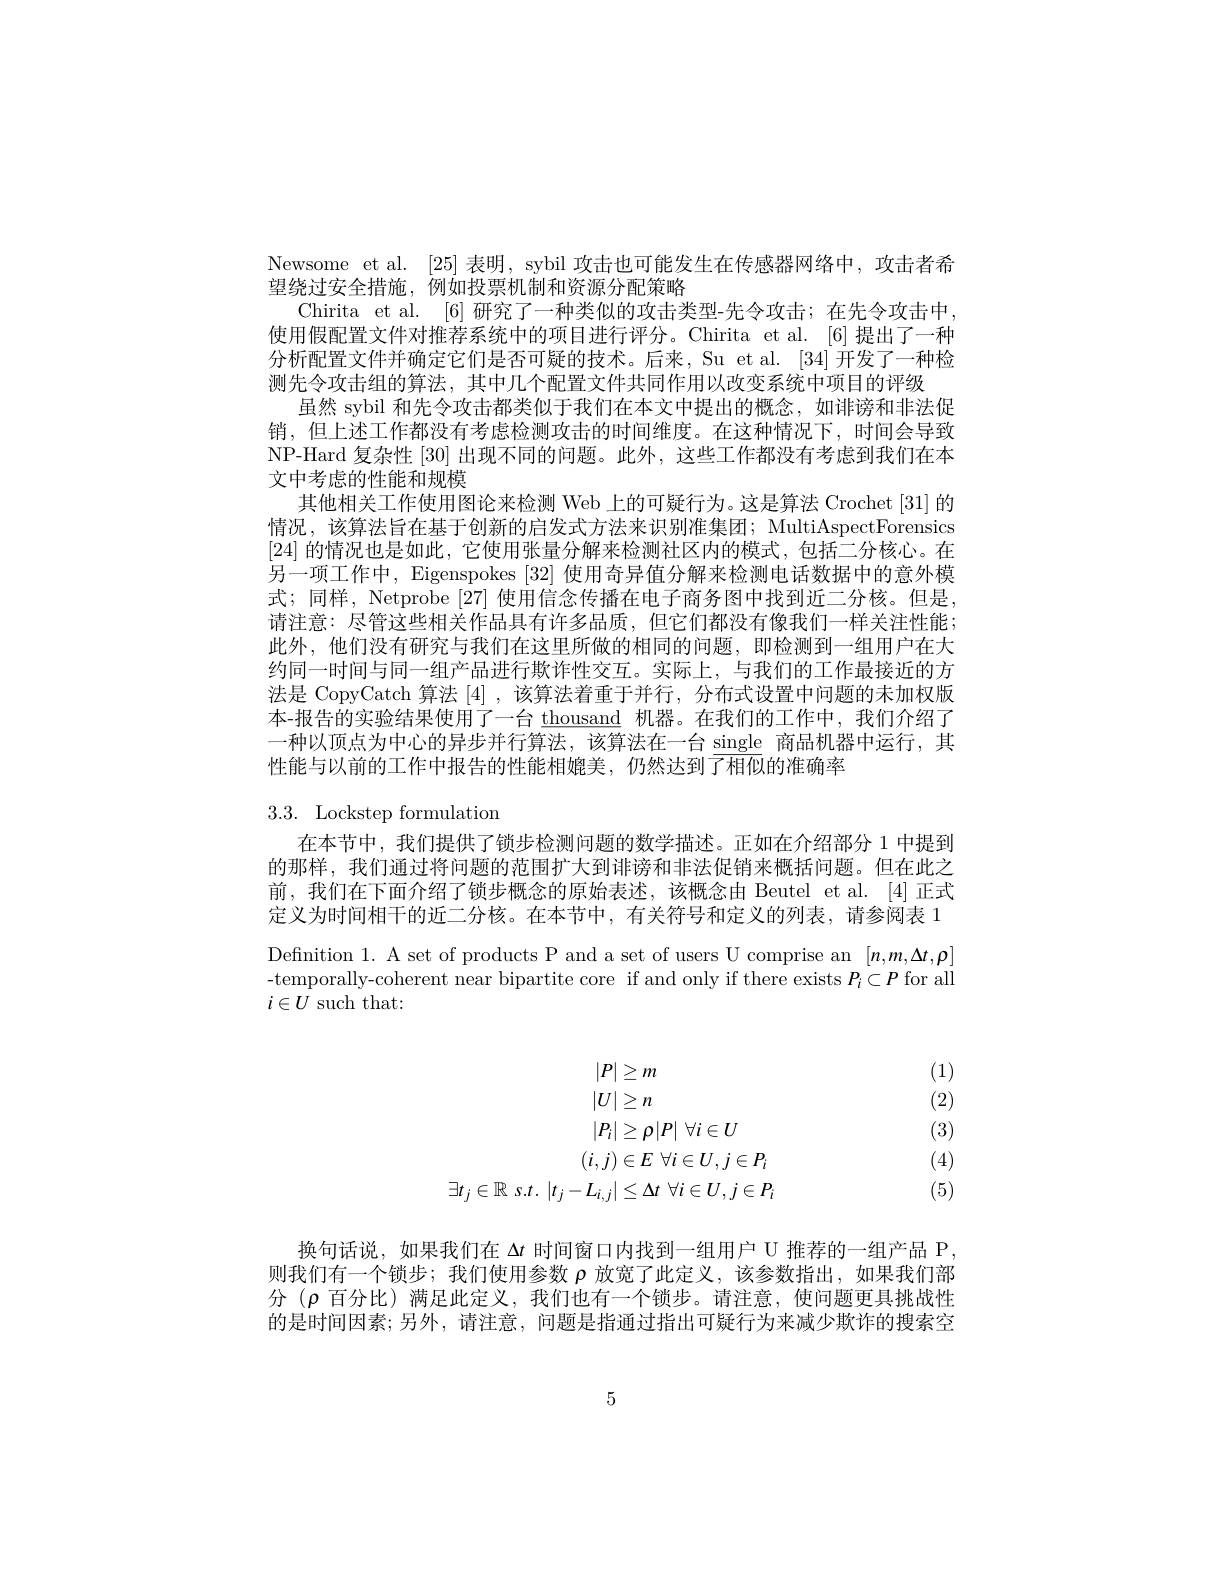
Newsome et al. [25]表明，sybil 攻击也可能发生在传感器网络中，攻击者希
望绕过安全措施，例如投票机制和资源分配策略
Chirita et al. [6] 研究了一种类似的攻击类型-先令攻击；在先令攻击中， 使用假配置文件对推荐系统中的项目进行评分。Chirita et al.[6]提出了一种分析配置文件并确定它们是否可疑的技术。后来，Su et al. [34] 开发了一种检测先令攻击组的算法，其中几个配置文件共同作用以改变系统中项目的评级
虽然 sybil 和先令攻击都类似于我们在本文中提出的概念，如诽谤和非法促销，但上述工作都没有考虑检测攻击的时间维度。在这种情况下，时间会导致NP-Hard 复杂性 [30] 出现不同的问题。此外，这些工作都没有考虑到我们在本文中考虑的性能和规模
其他相关工作使用图论来检测 Web 上的可疑行为。这是算法 Crochet [31] 的情况，该算法旨在基于创新的启发式方法来识别准集团；MultiAspectForensics [24]的情况也是如此，它使用张量分解来检测社区内的模式，包括二分核心。在另一项工作中，Eigenspokes [32] 使用奇异值分解来检测电话数据中的意外模式；同样，Netprobe [27]使用信念传播在电子商务图中找到近二分核。但是， 请注意：尽管这些相关作品具有许多品质，但它们都没有像我们一样关注性能； 此外，他们没有研究与我们在这里所做的相同的问题，即检测到一组用户在大约同一时间与同一组产品进行欺诈性交互。实际上，与我们的工作最接近的方法是 CopyCatch 算法[4],该算法着重于并行，分布式设置中间题的未加权版本-报告的实验结果使用了一台 thousand 机器。在我们的工作中，我们介绍了一种以顶点为中心的异步并行算法，该算法在一台 single 商品机器中运行，其性能与以前的工作中报告的性能相媲美，仍然达到了相似的准确率

## 3.3. Lockstep formulation

在本节中，我们提供了锁步检测问题的数学描述。正如在介绍部分 1 中提到的那样，我们通过将问题的范围扩大到诽谤和非法促销来概括问题。但在此之前，我们在下面介绍了锁步概念的原始表述，该概念由 Beutel et al.[4]正式定义为时间相干的近二分核。在本节中，有关符号和定义的列表，请参阅表 1 Definition 1. A set of products P and a set of users U comprise an $[n,m,\Delta t,\rho]$ -temporally-coherent near bipartite core if and only if there exists $P_i\subset P$ for all $i\in U$ such that:

(1)

(2)

(3)
$$\begin{aligned}&|P|\geq m\\&|U|\geq n\\&|P_{i}|\geq\rho|P|\:\forall i\in U\\&(i,j)\in E\:\forall i\in U,j\in P_{i}\\\exists t_{j}\in\mathbb{R}\:s.t.\:|t_{j}-L_{i,j}|\leq\Delta t\:\forall i\in U,j\in P_{i}\end{aligned}$$
(4)

(5)

换句话说，如果我们在$\Delta t$时间窗口内找到一组用户 U 推荐的一组产品 P 则我们有一个锁步；我们使用参数$\rho$放宽了此定义，该参数指出，如果我们部分 ($\rho$百分比) 满足此定义，我们也有一个锁步。请注意，使问题更具挑战性的是时间因素；另外，请注意，问题是指通过指出可疑行为来减少欺诈的搜索空

5